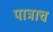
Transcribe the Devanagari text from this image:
पात्राच